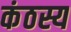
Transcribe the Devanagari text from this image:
कंठस्य